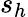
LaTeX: s_{h}